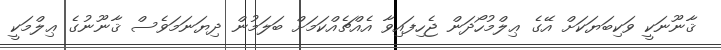
ޤާނޫނަކީ ވަކިބަޔަކަށް އޭގެ ޢިލްމުހޯދަން ޖެހިފައިވާ އެއްޗެއްކަމަށް ބަލަމުން ދިޔަނަމަވެސް ޤާނޫނުގެ ޢިލްމަކީ